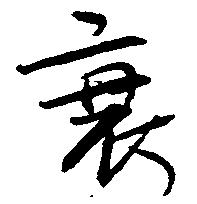
衰